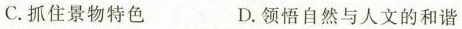
C. 抓住景物特色 D. 领悟自然与人文的和谐